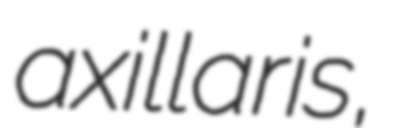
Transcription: axillaris,